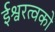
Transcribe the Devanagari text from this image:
ईश्वरत्वको